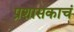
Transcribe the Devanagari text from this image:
प्रशासकाचं